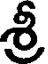
శ్రీ